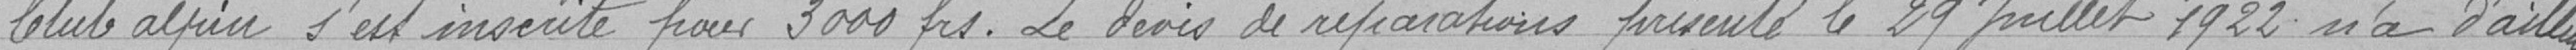
Club alpin s'est inscrite pour 3000 francs. Le devis de réparations présenté le 29 juillet 1922 n'a d'ailleurs